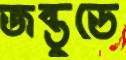
জন্তুডে